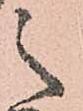
之